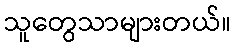
သူတွေသာများတယ်။